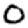
Digit: 0